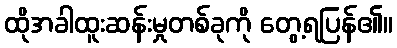
ထိုအခါထူးဆန်းမှုတစ်ခုကို တွေ့ရပြန်၏။